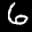
Label: 6